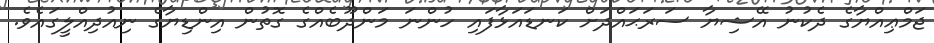
ޖަމްޢިއްޔާގެ ދެކުނު އޭޝިޔާ ސަރަޙައްދަށް ކަނޑައަޅާފައި ހުންނަ މަންދޫބެއްގެ ގޮތުން އިންޑިޔާގެ ނިއުދިއްލީގައެވެ.